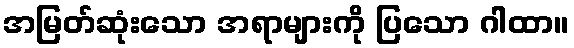
အမြတ်ဆုံးသော အရာများကို ပြသော ဂါထာ။